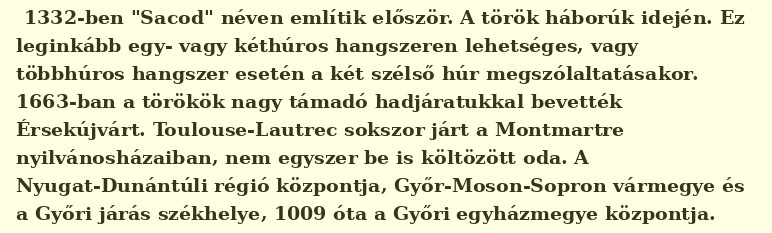
1332-ben "Sacod" néven említik először. A török háborúk idején. Ez leginkább egy- vagy kéthúros hangszeren lehetséges, vagy többhúros hangszer esetén a két szélső húr megszólaltatásakor. 1663-ban a törökök nagy támadó hadjáratukkal bevették Érsekújvárt. Toulouse-Lautrec sokszor járt a Montmartre nyilvánosházaiban, nem egyszer be is költözött oda. A Nyugat-Dunántúli régió központja, Győr-Moson-Sopron vármegye és a Győri járás székhelye, 1009 óta a Győri egyházmegye központja.